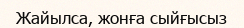
Жайылса, жонға сыйғысыз